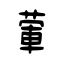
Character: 葷